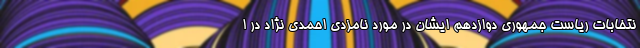
نتخابات ریاست جمهوری دوازدهم ایشان در مورد نامزدی احمدی نژاد در ا